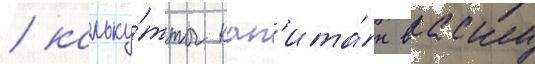
/ кальку́тты кап'ита́н васку